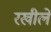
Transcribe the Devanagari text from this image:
रखीले